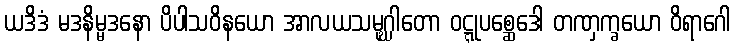
ယဒိဒံ မဒနိမ္မဒနော ပိပါသဝိနယော အာလယသမုဂ္ဃါတော ဝဋ္ဋုပစ္ဆေဒေါ တဏှက္ခယော ဝိရာဂေါ